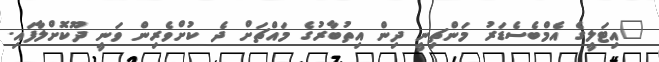
"އިޓަލީގެ އެމްބެސެޑަރު މަންޗިނީ ދިން އިތުބާރުގެ މައްޗަށް ދެ ކުށްވެރިން ވަނީ ދޫކޮށްލާފައި.